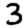
Digit: 3